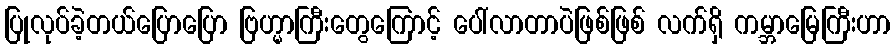
ပြုလုပ်ခဲ့တယ်ပြောပြော ဗြဟ္မာကြီးတွေကြောင့် ပေါ်လာတာပဲဖြစ်ဖြစ် လက်ရှိ ကမ္ဘာမြေကြီးဟာ